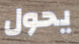
يحول